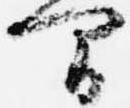
間